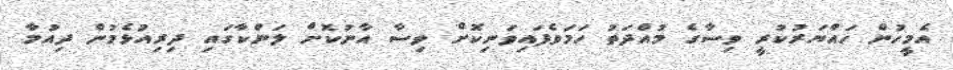
އެމީހުން ހައްޔަރުކުރީ ވިސާގެ މުއްދަތު ހަމަވެފައިވަނިކޮށް ވިސާ އާނުކޮށް ލަންކާގައި ދިރިއުޅެމުން ދިއުމާ